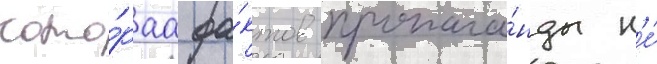
кото́раа фа́ктов пропага́нды н'е́